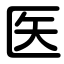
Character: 医